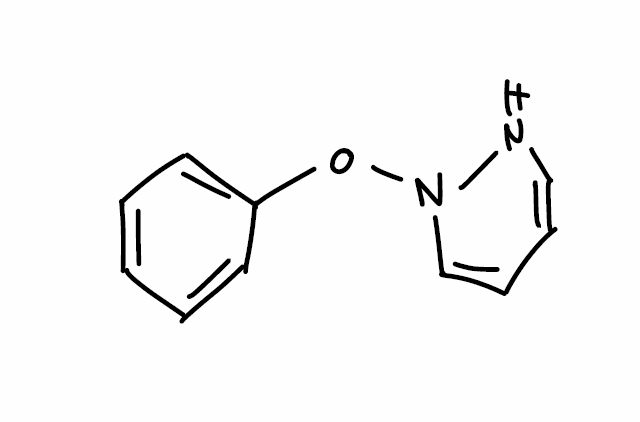
Simplified molecular-input line-entry system (SMILES) notation of the given molecule:
C1=CC=C(C=C1)ON2C=CC=CN2